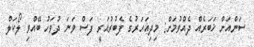
ސަންއަށް ޚަބަރެއް ދެއްވުމަށް: މިދިއަހަރުގެ ފެބުރުއަރީ ފަސް ވަނަ ދުވަހު ބޭއްވި ލޯކަލް